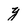
Character: y